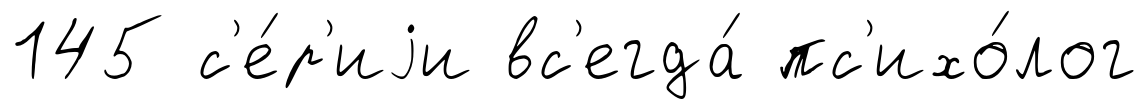
145 с'е́р'иjи вс'егда́ пс'ихо́лог